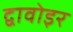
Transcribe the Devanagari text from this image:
द्वावोइर